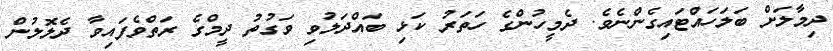
ދިމާލަށް ބަލަހައްޓައިގެންނެވެ. ދެމީހުންގެ ހަތަރު ކަޅި ބައްދަލުވި ވަގުތު ދީމްގެ ރަތްވެފައިވާ ދެލޮލުން